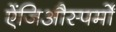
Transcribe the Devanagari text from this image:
ऐंजिऔस्पर्मों